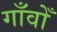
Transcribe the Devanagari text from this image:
गाँवोँ